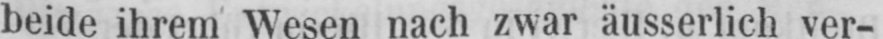
beide ihrem Wesen nach zwar äusserlich ver-